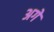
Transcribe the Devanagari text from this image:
अगें